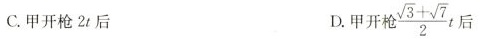
D.甲开枪3 \frac{\sqrt{3}+ \sqrt{7}}{2}t